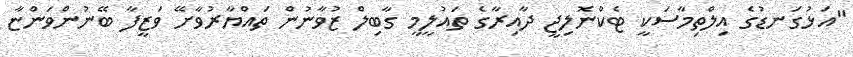
"އަޅުގަނޑުގެ އިލްތިމާސަކީ ޓެކްނޮލިޖީ ދާއިރާގެ ތައުލީމީ ގާބިލް ޒުވާނުން ތައްޔާރުވާށޭ ވަޒީފާ ބޭނުންވަންޏާ